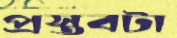
প্রস্তবটা